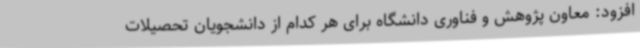
افزود: معاون پژوهش و فناوری دانشگاه برای هر کدام از دانشجویان تحصیلات